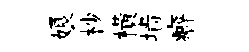
娘杪橫墙癖